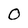
Character: 0